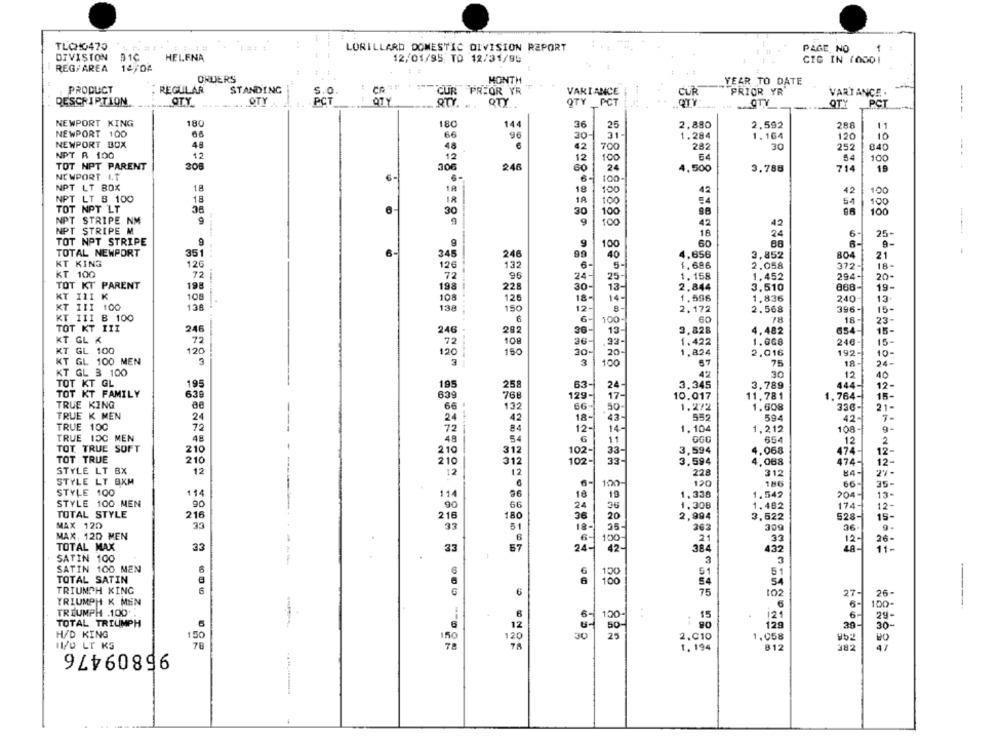
TLCHO475
LORILLARD DOMESTIC DIVISION REPORT
PAGE, NO
1
DIVISION
HELENA
12/01/95 TO 12/31/95
CIG IN 10001
REG/AREA 14/04
ORDERS
MONTH
YEAR TO DATE
PRODUCT
STANDING
REGULAR
S.O.
CUR PRIOR YR
VARIANCE
CUR
PRIOR YR
VARTANCE .
DESCRIPTION
OTY
OTY
PCT
QTY
QTY
QTY _PCT
.QTY
PCT
QTY
OTY
NEWPORT KING
180
180
144
36
25
2.880
2,592
288
11
NEWPORT 100
66
30
10
96
31-
1.284
1.164
120
NEWPORT BOX
48
48
6
42
700
282
30
252
840
NPT R 100
12
12
12
100
100
TOT NPT PARENT
208
306
246
60
24
4,500
3.788
714
19
NEWPORT I.T
€-
6
100
18
NPT LT BOX
18
100
42
42
100
NPT LT B 100
18
18
18
100
54
100
TOT NPT LT
30
30
100
100
NPT STRIPE NM
9
9
100
42
NPT STRIPE M
18
24
6
25-
TOT NPT STRIPE
9
9
g
100
60
A-
TOTAL NEWPORT
351
6.
99
348
246
40
4.656
3,852
804
21
KT KING
120
12€
132
6-
5-
1.686
2.058
372-
18-
KT 100
72
72
24-
20
96
25-
1.158
1.452
294-
TOT KT PARENT
198
198
228
30-
13-
2.844
3.510
19-
KT 11I K
108
108
18-
1.596
1.836
126
14-
240
13
KT III 100
138
138
150
12
2.172
2.568
396-
15-
KT III B 100
6
6-
100
60
78
18
23-
246
TOT KT III
246
282
20-
13-
3,828
4,482
654-
15-
KT GL K
72
26
.33-
1.422
1.668
246
15-
108
KT GL 100
120
120
150
30-
20-
1.824
2.016
192-
10-
KT GL 100 MEN
3
100
57
75
18
24-
KT GL 3 100
30
12
40
TOT KT GL
195
195
258
63-
24-
3.345
3,789
444-
12-
TOT KT FAMILY
639
639
768
129-
17-
10.017
11,781
1.764-
15-
TRUE KING
66
132
66-
50-
1.272
1.608
336-
21-
TRUE K MEN
24
18-
552
24
42
43-
594
42.
7-
TRUE 100
72
72
84
12-
14-
1.104
1,212
108-
9-
TRUE 1DC MEN
48
48
54
6
11
GGO
654
12
2
TOT TRUE SOFT
210
210
31
102-
33-
068
12-
TOT TRUE
210
210
312
102-
33-
. 068
474-
12-
STYLE LT BX
12
12
12
228
312
27-
STYLE LT BKM
100-
120
186
35-
66-
STYLE 100
114
114
96
18
19
1,338
1.542
204-
13-
STYLE 100 MEN
90
90
66
24
36
1.482
216
1,308
174-
12-
TOTAL STYLE
216
180
36
20
3,522
528-
is-
MAX 120
33
51
35-
363
309
9.
18-
36
MAX, 12D MEN
6
6-
100
2
33
TOTAL MAX
33
33
57
24-
42-
384
432
26
11-
SATIN 100
SATIN 100 MEN
51
51
TOTAL SATIN
100
-
54
TRIUMPH KING
G
6
102
27-
TRIUMPH K MEN
26
6
100-
TRIUMPH .100
15
6
TOTAL TRIUMPH
6
12
100
12
29
50-
129
30
30
H/D KING
1.50
150
120
2.010
1,058
962
11/0 LT KS
95809476
78
1,194
812
382
47